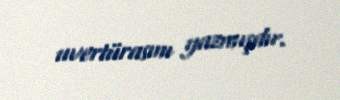
uvertürasını yazmışdır.